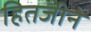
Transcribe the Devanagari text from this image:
हितजीने